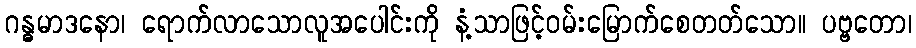
ဂန္ဓမာဒနော၊ ရောက်လာသောလူအပေါင်းကို နံ့သာဖြင့်ဝမ်းမြောက်စေတတ်သော။ ပဗ္ဗတော၊